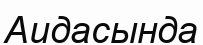
Аидасында